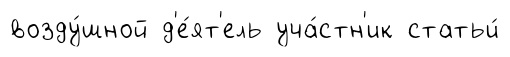
возду́шной д'е́ят'ель уча́стн'ик статьи́